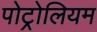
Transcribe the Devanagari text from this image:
पोट्रोलियम